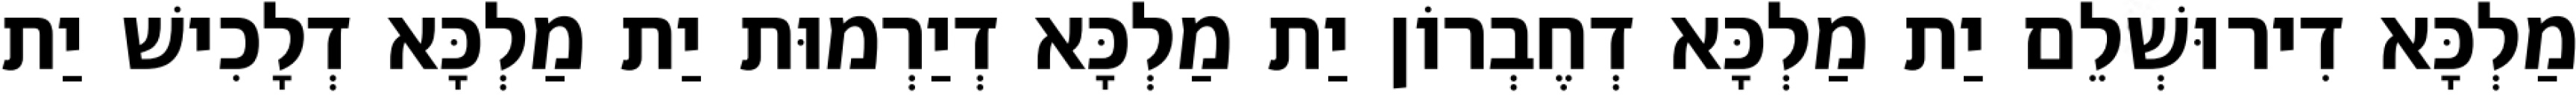
מַלְכָּא דִירוּשְׁלֵם יַת מַלְכָּא דְחֶבְרוֹן יַת מַלְכָּא דְיַרְמוּת יַת מַלְכָּא דְלָכִישׁ יַת